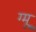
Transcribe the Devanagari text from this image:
ग्‍मू